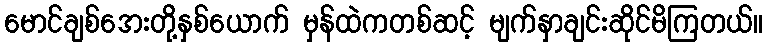
မောင်ချစ်အေးတို့နှစ်ယောက် မှန်ထဲကတစ်ဆင့် မျက်နှာချင်းဆိုင်မိကြတယ်။